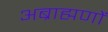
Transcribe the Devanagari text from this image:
अब्राह्मणों